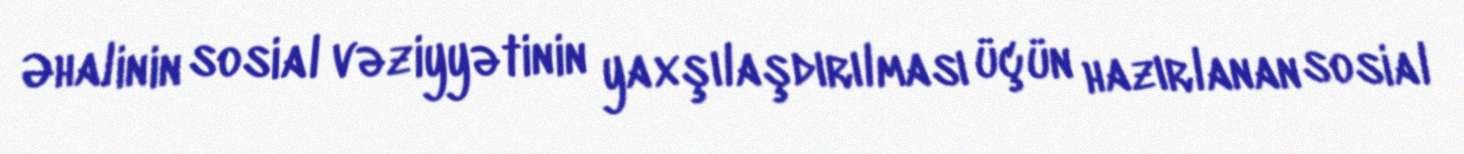
Əhalinin sosial vəziyyətinin yaxşılaşdırılması üçün hazırlanan sosial